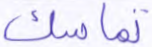
تماسك